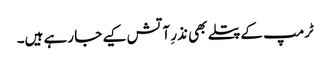
ٹرمپ کے پتلے بھی نذرِ آتش کیے جا رہے ہیں۔